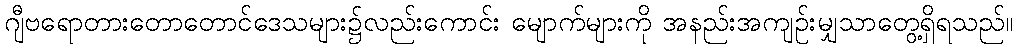
ဂျီဗရောတားတောတောင်ဒေသများ၌လည်းကောင်း မျောက်များကို အနည်းအကျဉ်းမျှသာတွေ့ရှိရသည်။